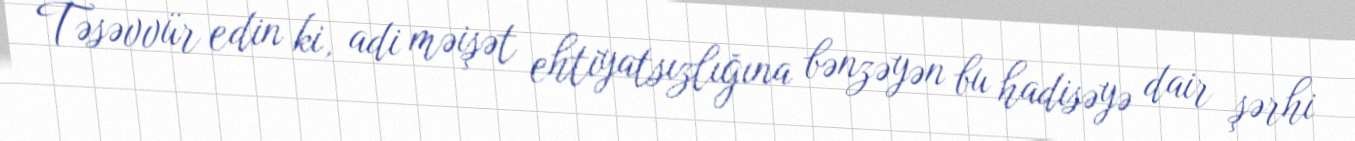
Təsəvvür edin ki, adi məişət ehtiyatsızlığına bənzəyən bu hadisəyə dair şərhi